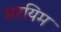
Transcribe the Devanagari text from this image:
मरयिम